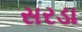
સરડા